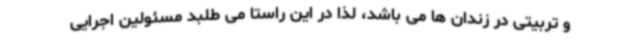
و تربیتی در زندان ها می باشد، لذا در این راستا می طلبد مسئولین اجرایی